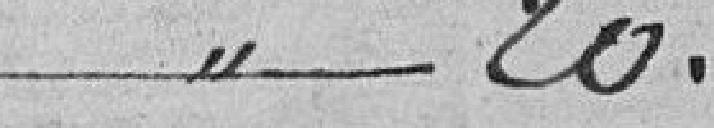
20.00